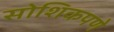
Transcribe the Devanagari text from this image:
सोशिकपणे